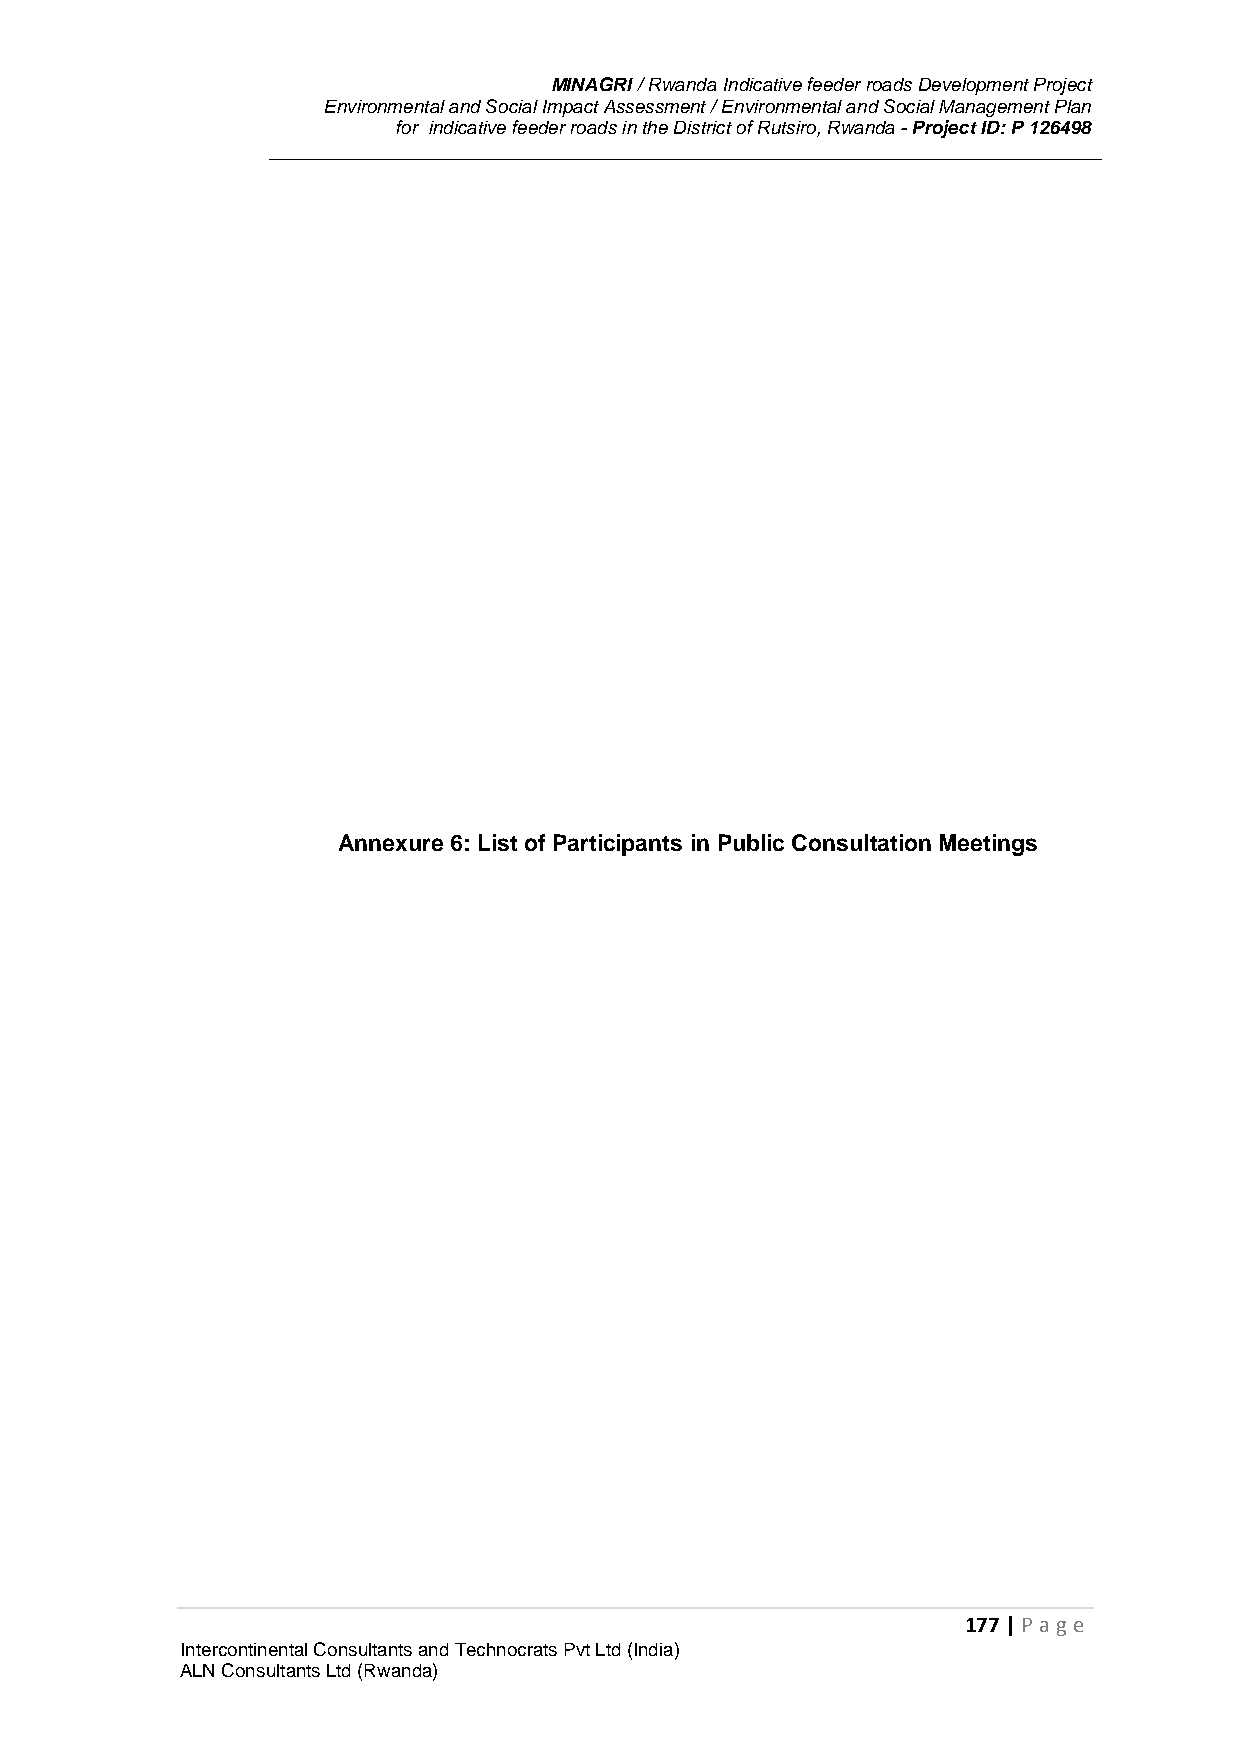
MINAGRI / Rwanda Indicative feeder roads Development Project
 Environmental and Social Impact Assessment / Environmental and Social Management Plan
 for indicative feeder roads in the District of Rutsiro, Rwanda - Project ID: P 126498
 Annexure 6: List of Participants in Public Consultation Meetings
 177 | P age
 Intercontinental Consultants and Technocrats Pvt Ltd (India)
 ALN Consultants Ltd (Rwanda)